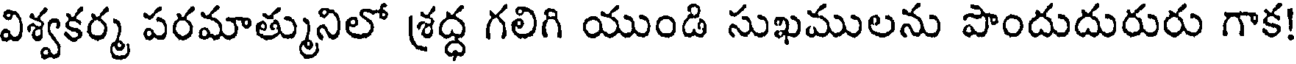
విశ్వకర్మ పరమాత్మునిలో శ్రద్ధ గలిగి యుండి సుఖములను పొందుదురురు గాక!